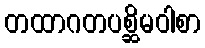
တထာဂတပစ္ဆိမဝါစာ